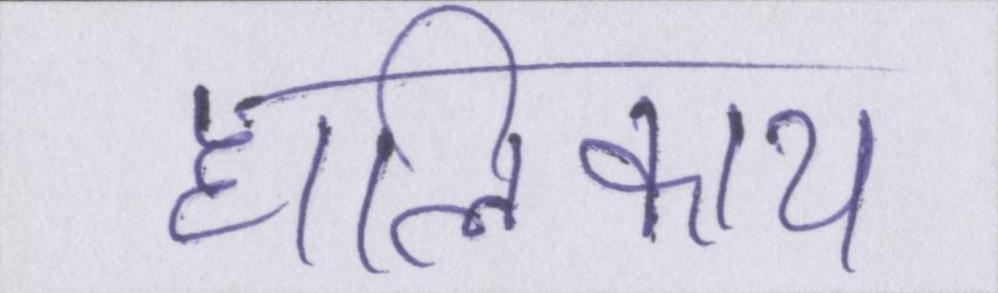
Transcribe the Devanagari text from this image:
हालिकाय